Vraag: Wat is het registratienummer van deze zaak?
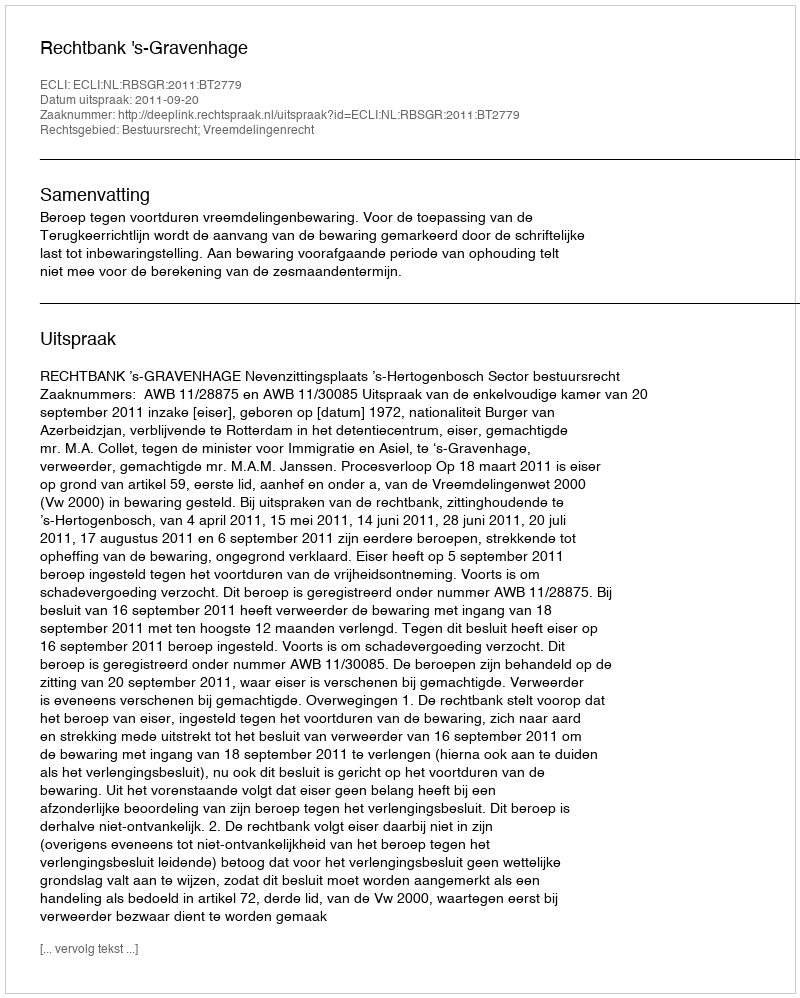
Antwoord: http://deeplink.rechtspraak.nl/uitspraak?id=ECLI:NL:RBSGR:2011:BT2779